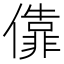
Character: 𫣶